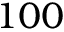
1 0 0